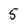
Character: 5